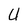
Character: U